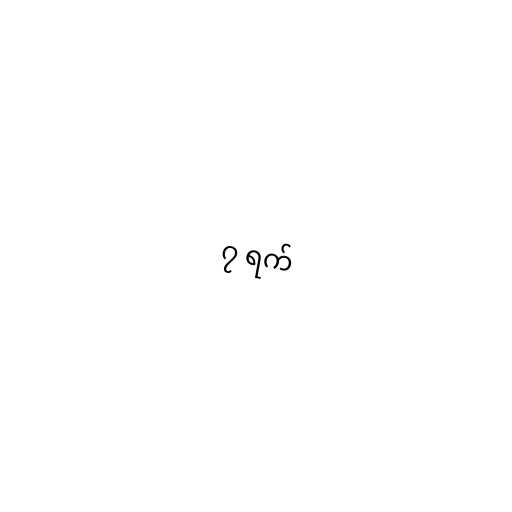
၇ ရက်